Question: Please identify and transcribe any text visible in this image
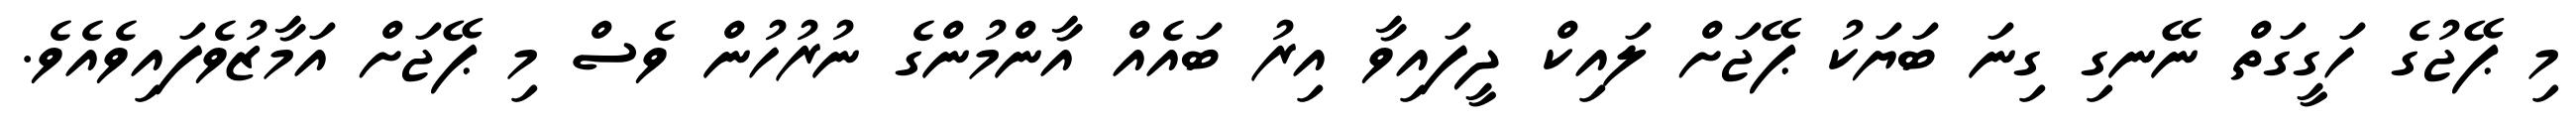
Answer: މި ޕޭޖުގެ ހަގީގަތް ނޭނގި ގިނަ ބަޔަކު ޕޭޖަށް ލައިކް ދީފައިވާ އިރު ބައެއް އާންމުންގެ ނުރުހުން ވެސް މި ޕޭޖަށް އަމާޒުވެފައިވެއެވެ.